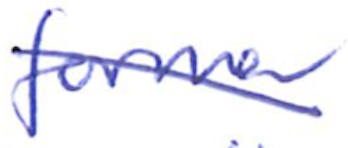
Text: former
Cross-out: mix
Writing tool: ballpoint